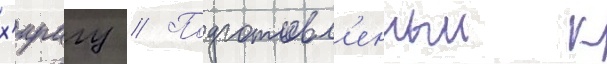
х'ирагу // Подготовл'енныи к